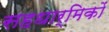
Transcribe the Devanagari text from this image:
सहधार्मिकों